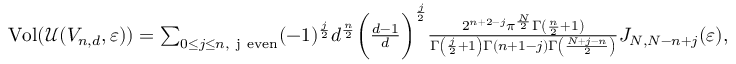
\begin{array} { r } { \mathrm { V o l } ( \mathcal { U } ( { V } _ { n , d } , \varepsilon ) ) = \sum _ { 0 \le j \le n , \mathrm { \ j ~ e v e n } } ( - 1 ) ^ { \frac { j } { 2 } } d ^ { \frac { n } { 2 } } \biggl ( \frac { d - 1 } { d } \biggr ) ^ { \frac { j } { 2 } } \frac { 2 ^ { n + 2 - j } \pi ^ { \frac { N } { 2 } } \Gamma \left( \frac { n } { 2 } + 1 \right) } { \Gamma \left( \frac { j } { 2 } + 1 \right) \Gamma ( n + 1 - j ) \Gamma \left( \frac { N + j - n } { 2 } \right) } J _ { N , N - n + j } ( \varepsilon ) , } \end{array}